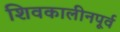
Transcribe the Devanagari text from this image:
शिवकालीनपूर्व